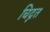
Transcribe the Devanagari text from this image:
चिद्गत